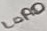
Text: LOAD